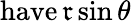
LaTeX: \operatorname{have\mathfrak{r}sin}\theta